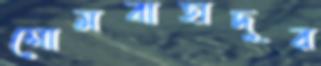
সোমবাহাদুর